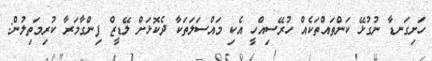
ހަށިގަނޑާ ނުގުޅޭ ކަންތައްތަކެއް ހުރޭސިއްހީ އެކި މައްސަލަތަކާ ދެކޮޅަށް ލޭޑީޒް ފިންގާމަރާ ކުރިމަތިލުން: